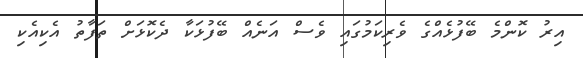
އިރު ކޮންމެ ބޭފުޅެއްގެ ވެރިކަމުގައި ވެސް އަނެއް ބޭފުޅަކާ ދެކޮޅަށް ތަފާތު އެކިއެކި